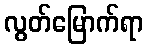
လွတ်မြောက်ရာ